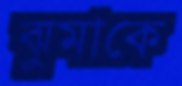
ঝুমাকে